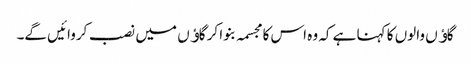
گاﺅں والوں کا کہنا ہے کہ وہ اس کا مجسمہ بنوا کر گاﺅں میں نصب کروائیں گے۔